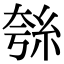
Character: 𮈋